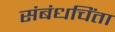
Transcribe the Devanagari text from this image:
संबंधचिंता